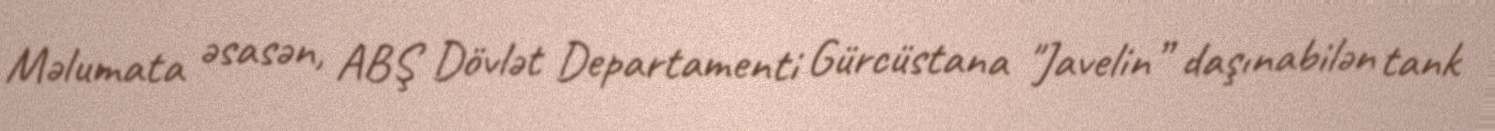
Məlumata əsasən, ABŞ Dövlət Departamenti Gürcüstana "Javelin” daşınabilən tank